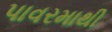
પાવરમાથી